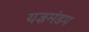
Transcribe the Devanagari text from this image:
यज्ञमंडप